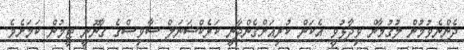
ދެންނެވުމުން ލުގުމާން ވިދާޅުވީ އެކަން ކުރިއަށްގެންދާނީ ކަރެކްޝަނަލް ސާވިސްގެ ގާނޫނީ ޓީމުން ކަމަށެވެ.